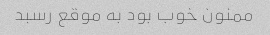
ممنون خوب بود به موقع رسبد